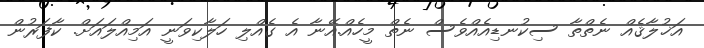
އަޚުލާޤެއް ނެތްތާ ސިކުނޑިއެއްވެސް ނެތް މީހެއް.އޭނާ އެ ގެއްލި ހަލާކިވަނީ އަމިއްލައަށް. ކާފަރުން